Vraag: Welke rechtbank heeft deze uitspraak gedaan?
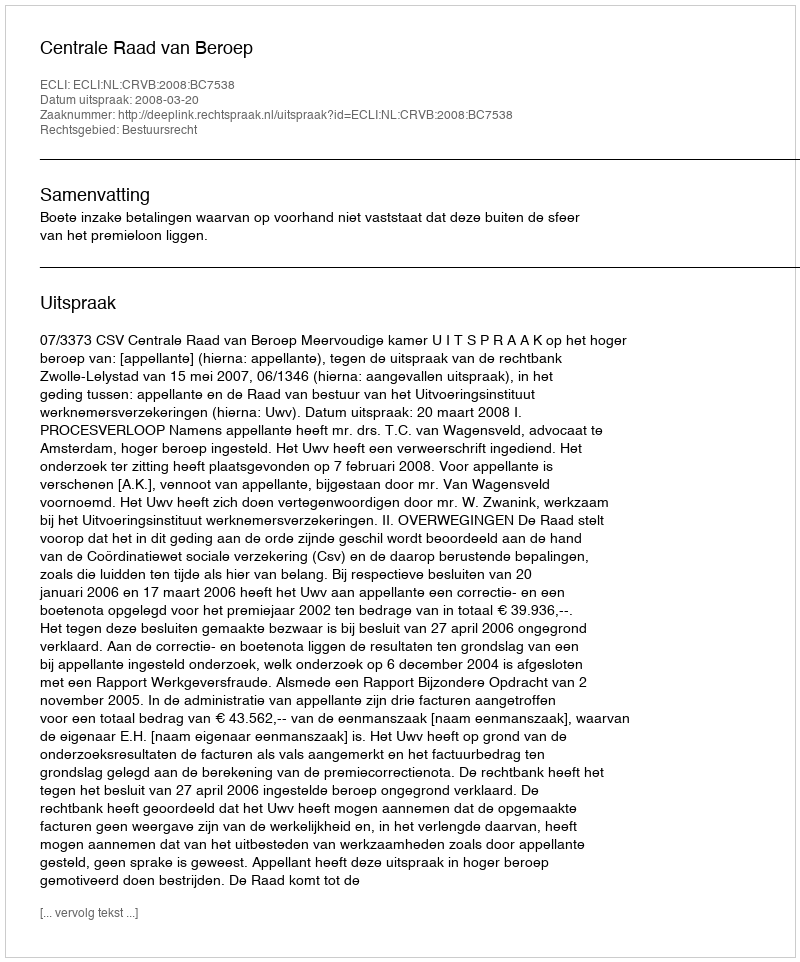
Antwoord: Centrale Raad van Beroep